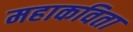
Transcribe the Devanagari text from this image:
महाकविता